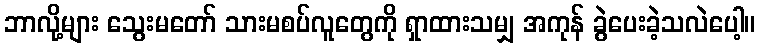
ဘာလို့များ သွေးမတော် သားမစပ်လူတွေကို ရှာထားသမျှ အကုန် ခွဲပေးခဲ့သလဲပေါ့။